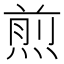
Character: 煎